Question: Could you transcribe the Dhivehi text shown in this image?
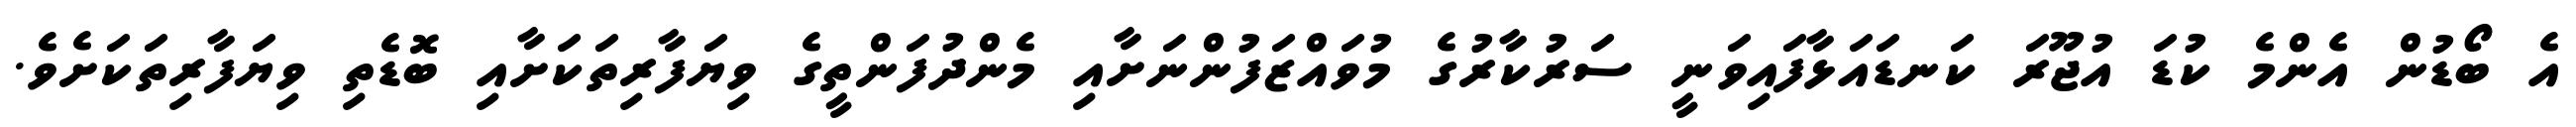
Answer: އެ ބޯޑުން އެންމެ ކުޑަ އުޖޫރަ ކަނޑައަޅާފައިވަނީ ސަރުކާރުގެ މުވައްޒަފުންނަށާއި މެންދުފަންތީގެ ވިޔަފާރިތަކަށާއި ބޮޑެތި ވިޔަފާރިތަކަށެވެ.